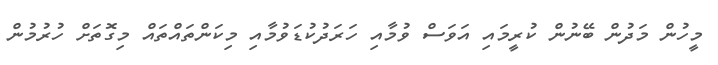
މީހުން މަދުން ބޭނުން ކުރީމައި އަވަސް ވުމާއި ހަރަދުކުޑަވުމާއި މިކަންތައްތައް މިގޮތަށް ހުރުމުން